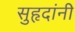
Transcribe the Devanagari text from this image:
सुहृदांनी